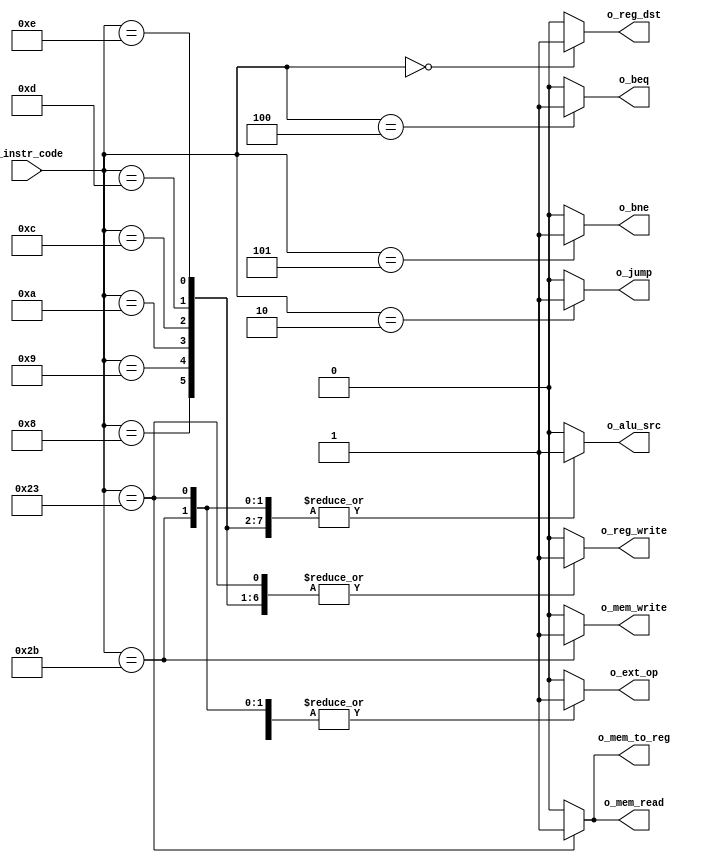
module main_control(
        i_instr_code,//  from Inst_mem->{31:26, 5:0}
        o_jump,     //  for NextPC 
        o_beq,
        o_bne,
        o_mem_to_reg, //  for mux
        o_reg_dst,   //  for mux
        o_ext_op,    //  for sigbExtend->i_en
        o_mem_write, //  for ram->i_we 0-read 1-write
        o_mem_read, 
        o_alu_src,   //  for mux
        o_reg_write  //  for regFile->i_ew 0-read 1-write
    );
    
    input       [5:0]  i_instr_code;
    output reg          o_reg_dst;
    output reg          o_jump; 
    output reg          o_beq;
    output reg          o_bne;
    output reg          o_mem_to_reg;
    output reg          o_ext_op;
    output reg          o_mem_write;
    output reg          o_mem_read;
    output reg          o_alu_src;
    output reg          o_reg_write;

    always @(i_instr_code) begin
     //Reset
        o_reg_dst = 0; //6'bxxxxxx;
        o_reg_write = 0; //6'bxxxxxx;
        o_ext_op = 0; //6'bxxxxxx;
        o_alu_src = 0; //6'bxxxxxx;
        o_beq = 0; //6'bxxxxxx;
        o_bne = 0; //6'bxxxxxx;
        o_jump = 0; //6'bxxxxxx;
        o_mem_read = 0; //6'bxxxxxx;
        o_mem_write = 0; //6'bxxxxxx;
        o_mem_to_reg = 0; //6'bxxxxxx;  

     // R-type and I-type
        case(i_instr_code)
            0: begin
                o_reg_dst = 1;
                o_reg_write = 1;
                o_ext_op = 0;
                o_alu_src = 0;
                o_beq = 0;
                o_bne = 0;
                o_jump = 0;
                o_mem_read = 0;
                o_mem_write = 0;
                o_mem_to_reg = 0;
                end
            2: begin    //  jump  
                o_reg_dst = 0;
                o_reg_write = 0;
                o_ext_op = 0;
                o_alu_src = 0;
                o_beq = 0;
                o_bne = 0;
                o_jump = 1;
                o_mem_read = 0;
                o_mem_write = 0;
                o_mem_to_reg = 0;
            end
            4: begin    //  beq
                o_reg_dst = 0;
                o_reg_write = 0;
                o_ext_op = 0;
                o_alu_src = 0;
                o_beq = 1;
                o_bne = 0;
                o_jump = 0;
                o_mem_read = 0;
                o_mem_write = 0;
                o_mem_to_reg = 0;
            end
            5: begin    //  bne
                o_reg_dst = 0;
                o_reg_write = 0;
                o_ext_op = 0;
                o_alu_src = 0;
                o_beq = 0;
                o_bne = 1;
                o_jump = 0;
                o_mem_read = 0;
                o_mem_write = 0;
                o_mem_to_reg = 0;
            end
            8: begin    //  addi
                o_reg_dst = 0;
                o_reg_write = 1;
                o_ext_op = 1;
                o_alu_src = 1;
                o_beq = 0;
                o_bne = 0;
                o_jump = 0;
                o_mem_read = 0;
                o_mem_write = 0;
                o_mem_to_reg = 0;
            end
            9: begin    //  addiu
                o_reg_dst = 0;
                o_reg_write = 1;
                o_ext_op = 1;
                o_alu_src = 1;
                o_beq = 0;
                o_bne = 0;
                o_jump = 0;
                o_mem_read = 0;
                o_mem_write = 0;
                o_mem_to_reg = 0;
            end
            10: begin   //  slti
                o_reg_dst = 0;
                o_reg_write = 1;
                o_ext_op = 1;
                o_alu_src = 1;
                o_beq = 0;
                o_bne = 0;
                o_jump = 0;
                o_mem_read = 0;
                o_mem_write = 0;
                o_mem_to_reg = 0;
            end
            12: begin   //  andi
                o_reg_dst = 0;
                o_reg_write = 1;
                o_ext_op = 0;
                o_alu_src = 1;
                o_beq = 0;
                o_bne = 0;
                o_jump = 0;
                o_mem_read = 0;
                o_mem_write = 0;
                o_mem_to_reg = 0;
            end
            13: begin   //  ori
                o_reg_dst = 0;
                o_reg_write = 1;
                o_ext_op = 0;
                o_alu_src = 1;
                o_beq = 0;
                o_bne = 0;
                o_jump = 0;
                o_mem_read = 0;
                o_mem_write = 0;
                o_mem_to_reg = 0;
            end
            14: begin   //  xori
                o_reg_dst = 0;
                o_reg_write = 1;
                o_ext_op = 0;
                o_alu_src = 1;
                o_beq = 0;
                o_bne = 0;
                o_jump = 0;
                o_mem_read = 0;
                o_mem_write = 0;
                o_mem_to_reg = 0;
            end
            35: begin   //  lw
                o_reg_dst = 0;
                o_reg_write = 1;
                o_ext_op = 1;
                o_alu_src = 1;
                o_beq = 0;
                o_bne = 0;
                o_jump = 0;
                o_mem_read = 1;
                o_mem_write = 0;
                o_mem_to_reg = 1;
            end
            43: begin   //  sw
                o_reg_dst = 0;
                o_reg_write = 0;
                o_ext_op = 1;
                o_alu_src = 1;
                o_beq = 0;
                o_bne = 0;
                o_jump = 0;
                o_mem_read = 0;
                o_mem_write = 1;
                o_mem_to_reg = 0;
            end
        endcase
    end
endmodule